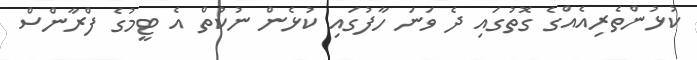
ކުޅުންތެރިއެއްގެ ގޮތުގައި ދެ ވަނަ ހާފުގައި ކުޅެން ނުކުތް އެ ޓީމުގެ ފްރާންސް